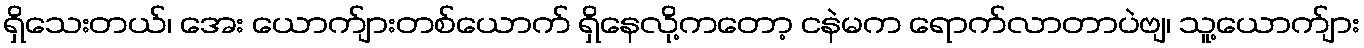
ရှိသေးတယ်၊ အေး ယောက်ျားတစ်ယောက် ရှိနေလို့ကတော့ ငနဲမက ရောက်လာတာပဲဗျ၊ သူ့ယောက်ျား